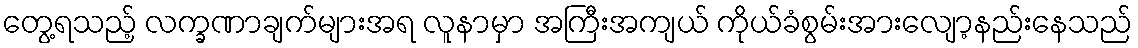
တွေ့ရသည့် လက္ခဏာချက်များအရ လူနာမှာ အကြီးအကျယ် ကိုယ်ခံစွမ်းအားလျော့နည်းနေသည်